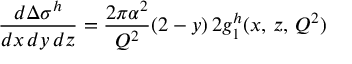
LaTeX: \frac { d \Delta \sigma ^ { h } } { d x \, d y \, d z } = \frac { 2 \pi \alpha ^ { 2 } } { Q ^ { 2 } } ( 2 - y ) \, 2 g _ { 1 } ^ { h } ( x , \, z , \, Q ^ { 2 } )